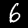
Label: 6